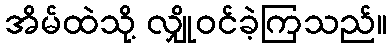
အိမ်ထဲသို့ လျှိုဝင်ခဲ့ကြသည်။